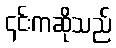
၎င်းကဆိုသည်